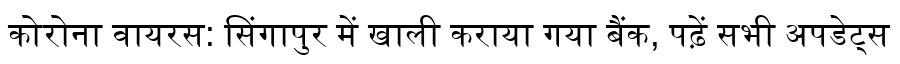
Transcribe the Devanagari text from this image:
कोरोना वायरस: सिंगापुर में खाली कराया गया बैंक, पढ़ें सभी अपडेट्स